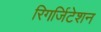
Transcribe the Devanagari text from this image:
रिगर्जिटेशन